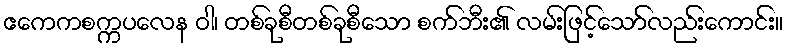
ဧကေကစက္ကပလေန ဝါ၊ တစ်ခုစီတစ်ခုစီသော စက်ဘီး၏ လမ်းဖြင့်သော်လည်းကောင်း။